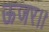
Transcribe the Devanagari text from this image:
ऊजर।।